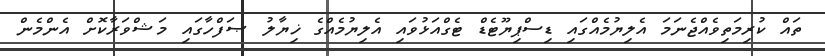
ތައް ކުރިމަތިވެއްޖެނަމަ އެލިޔުމެއްގައި ޑިސްޕިޔޫޓެޑް ޓެގްއަޅުވައި އެލިޔުމެއްގެ ޚިޔާލު ޞަފްހާގައި މަޝްވަރާކޮށް އެންމެން